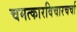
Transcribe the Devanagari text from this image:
चमत्कारविचारचर्चा